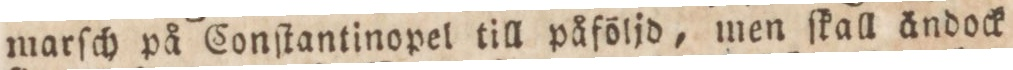
marſch på Conſtantinopel till påföljd, men ſkall ändock